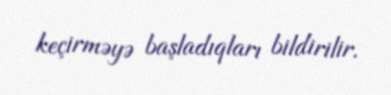
keçirməyə başladıqları bildirilir.